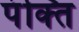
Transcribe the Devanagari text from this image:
पंक्‍ति